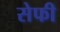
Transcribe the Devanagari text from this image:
सेफी